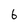
Character: 6